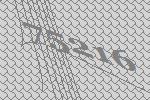
75216